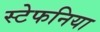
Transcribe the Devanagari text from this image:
स्टेफनिया